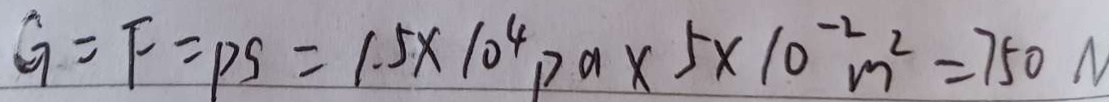
G = F = P S = 1 . 5 \times 1 0 ^ { 4 } p a \times 5 \times 1 0 ^ { - 2 } m ^ { 2 } = 7 5 0 N